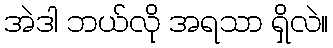
အဲဒါ ဘယ်လို အရသာ ရှိလဲ။